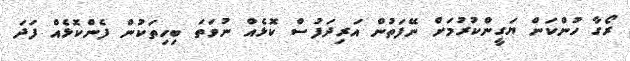
ރޯގާ ހުންކަން ޔަގީންކުރުމަށް ނޭފަތުން އަރިދަފުސް ކޮޅެއް ނުވަތަ ބިހިތަކުން ފެންކޮޅެއް ފަދަ